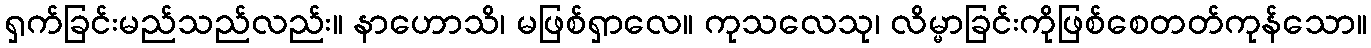
ရှက်ခြင်းမည်သည်လည်း။ နာဟောသိ၊ မဖြစ်ရှာလေ။ ကုသလေသု၊ လိမ္မာခြင်းကိုဖြစ်စေတတ်ကုန်သော။